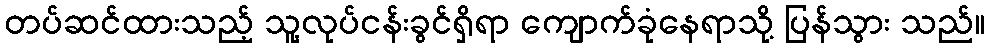
တပ်ဆင်ထားသည့် သူ့လုပ်ငန်းခွင်ရှိရာ ကျောက်ခုံနေရာသို့ ပြန်သွား သည်။